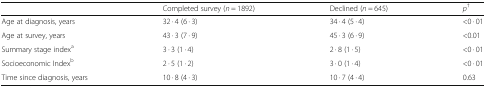
<table><thead><tr><td></td><td><b>Completed survey (<i>n</i> = 1892)</b></td><td><b>Declined (<i>n</i> = 645)</b></td><td><b><i>p</i><sup>†</sup></b></td></tr></thead><tbody><tr><td>Age at diagnosis, years</td><td>32 · 4 (6 · 3)</td><td>34 · 4 (5 · 4)</td><td>&lt;0 · 01</td></tr><tr><td>Age at survey, years</td><td>43 · 3 (7 · 9)</td><td>45 · 3 (6 · 9)</td><td>&lt;0.01</td></tr><tr><td>Summary stage index<sup>a</sup></td><td>3 · 3 (1 · 4)</td><td>2 · 8 (1 · 5)</td><td>&lt;0 · 01</td></tr><tr><td>Socioeconomic Index<sup>b</sup></td><td>2 · 5 (1 · 2)</td><td>3 · 0 (1 · 4)</td><td>&lt;0 · 01</td></tr><tr><td>Time since diagnosis, years</td><td>10 · 8 (4 · 3)</td><td>10 · 7 (4 · 4)</td><td>0.63</td></tr></tbody></table>